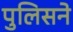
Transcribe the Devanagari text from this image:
पुलिसने